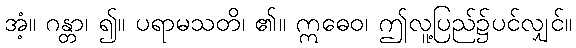
အံ့။ ဂန္တာ၊ ၍။ ပရာမသတိ၊ ၏။ ဣဓေဝ၊ ဤလူ့ပြည်၌ပင်လျှင်။